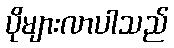
ပိုများလာပါသည်